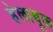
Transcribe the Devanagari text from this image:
हेलाबूक